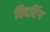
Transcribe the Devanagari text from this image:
विदरिंग